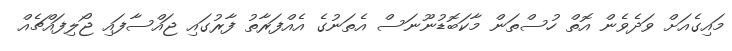
މައިގެއަށް ވަދެވެން އޮތް ހުސްތަން މާކަބޮޑުނޫނަސް އެތަނުގެ އެއްފަރާތު ފާރުގައި ޖައްސާފައި ޖޯލިފައްޗެއް